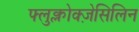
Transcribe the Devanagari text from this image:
फ्लुक्लोक्ज़ेसिलिन